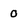
Character: 0